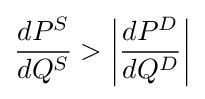
{\frac {dP^{S}}{dQ^{S}}}>\left|{\frac {dP^{D}}{dQ^{D}}}\right|